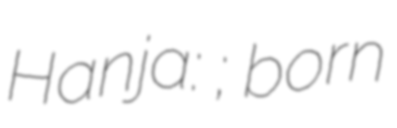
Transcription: Hanja: 康美娜; born